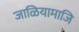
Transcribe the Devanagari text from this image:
जाळियामाजि